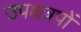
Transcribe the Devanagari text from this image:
उपक्षत्रपों